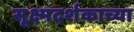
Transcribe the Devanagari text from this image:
सूक्ष्मदर्शकाच्या